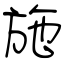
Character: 施